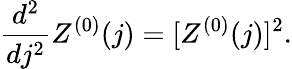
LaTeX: \frac{d^{2}}{dj^{2}}Z^{(0)}(j)=[Z^{(0)}(j)]^{2}.